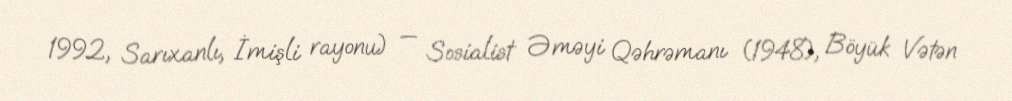
1992, Sarıxanlı, İmişli rayonu) — Sosialist Əməyi Qəhrəmanı (1948), Böyük Vətən